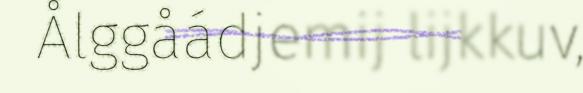
Ålggåádjemij lijkkuv,